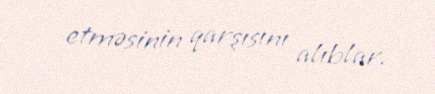
etməsinin qarşısını alıblar.